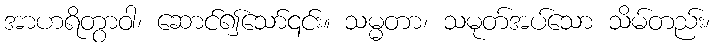
အာဟရိတွာဝါ၊ ဆောင်၍သော်၎င်း။ သမ္မတာ၊ သမုတ်အပ်သော သိမ်တည်း၊